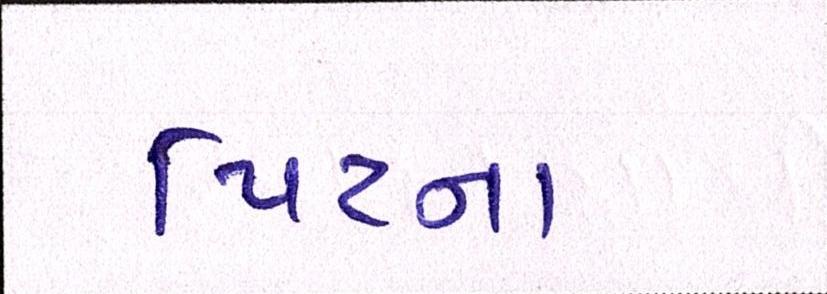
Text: પિટના